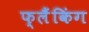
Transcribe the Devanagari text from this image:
फ्लैंकिंग